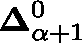
\mathbf { \Delta } _ { \alpha + 1 } ^ { 0 }